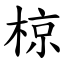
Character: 椋